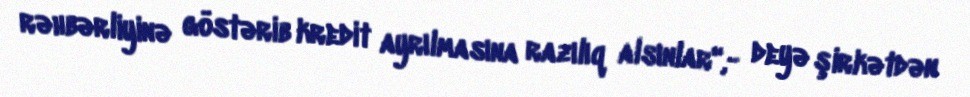
rəhbərliyinə göstərib kredit ayrılmasına razılıq alsınlar",- deyə şirkətdən